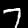
Digit: 7